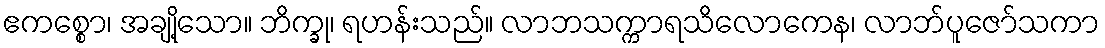
ဧကစ္စော၊ အချို့သော။ ဘိက္ခု၊ ရဟန်းသည်။ လာဘသက္ကာရသိလောကေန၊ လာဘ်ပူဇော်သကာ